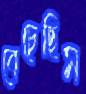
বেচেছিস